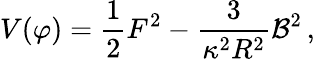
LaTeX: V(\varphi)=\frac{1}{2}F^{2}-\frac{3}{\kappa^{2}R^{2}}{\cal B}^{2}\, ,